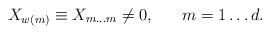
LaTeX: \begin{align*}X_{w(m)} \equiv X_{m \ldots m} \neq 0, \;\;\;\;\;\; m=1\ldots d . \end{align*}